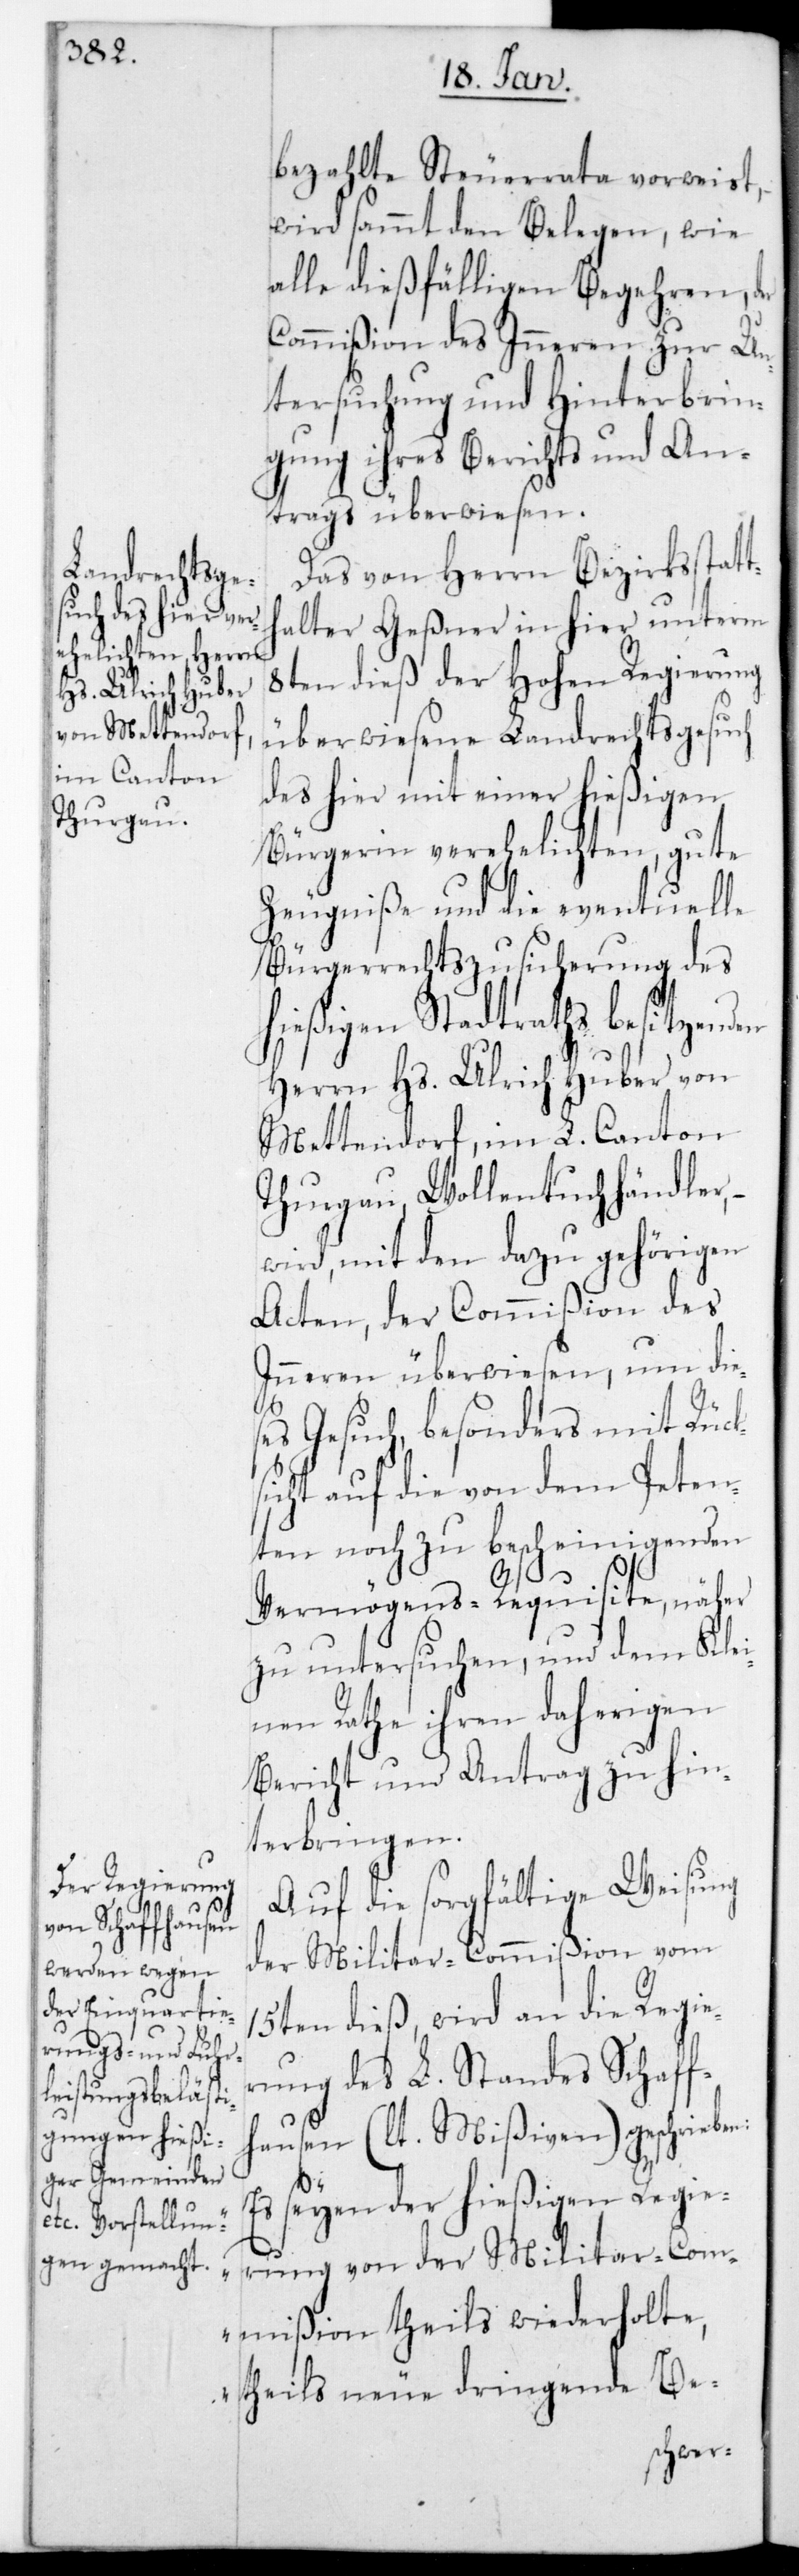
bezahlte Steuerrata vorweist,
wird sammt den Belegen, wie
alle dießfälligen Begehren, der
Commißion des Inneren zur Un¬
tersuchung und Hinterbrin¬
gung ihres Berichts und An¬
trags überwiesen.
Das von Herrn Bezirksstatt¬
halter Geßner in hier unterm
8ten dieß der Hohen Regierung
überwiesene Landrechtsgesuch
des hier mit einer hießigen
Bürgerin verehelichten, gute
Zeugniße und die eventuelle
Bürgerrechts-Zusicherung des
hießigen Stadtraths besitzenden
Herrn Hs. Ulrich Huber von
Mettendorf im L. Canton
Thurgau, Wollentuchhändler,
wird mit den dazu gehörigen
Acten, der Commißion des
Inneren überwiesen, um dies¬
es Gesuch, besonders mit Rück¬
sicht auf die von dem Peten¬
ten noch zu bescheinigenden
Vermögens-Requisite, näher
zu untersuchen, und dem Klei¬
nen Rathe ihren daherigen
Bericht und Antrag zu hin¬
terbringen.
Auf die sorgfältige Weisung
der Militar-Commißion vom
15ten dieß, wird an die Regie¬
rung des L. Standes Schaff¬
hausen (lt. Mißiven) geschriebe¬
n:
seien der hießigen Regie¬
rung von der Militar-Com¬
mißion theils wiederholte,
theils neue dringende Be-